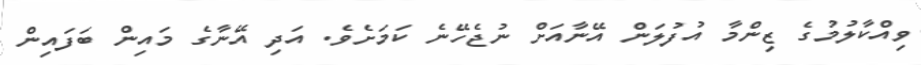
ވިއްކާލުމުގެ ޒިންމާ އުފުލަން އޭނާއަށް ނުޖެހޭނެ ކަމަށެވެ. އަދި އޭނާގެ މައިން ބަފައިން